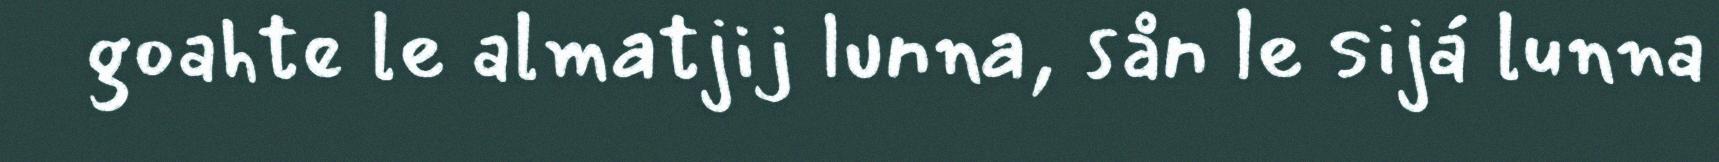
goahte le almatjij lunna, sån le sijá lunna